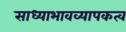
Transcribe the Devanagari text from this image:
साध्याभावव्यापकत्व